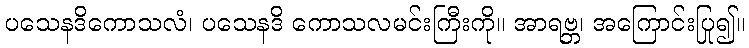
ပသေနဒိကောသလံ၊ ပသေနဒိ ကောသလမင်းကြီးကို။ အာရဗ္ဘ၊ အကြောင်းပြု၍။